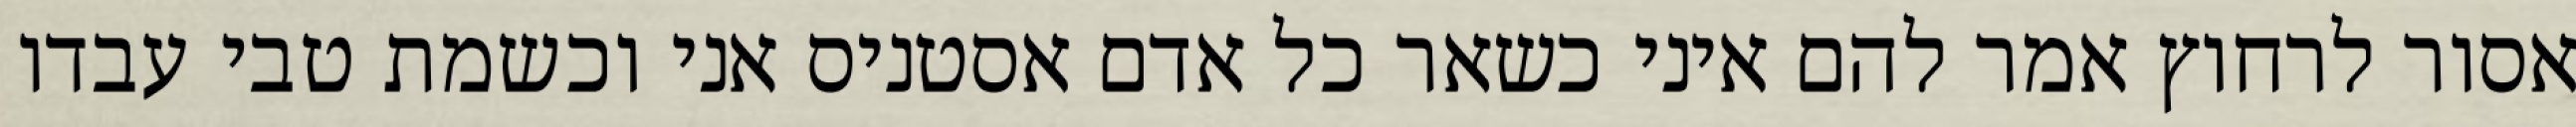
אסור לרחוץ אמר להם איני כשאר כל אדם אסטניס אני וכשמת טבי עבדו